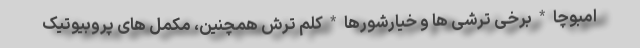
امبوچا * برخی ترشی ها و خیارشورها * کلم ترش همچنین، مکمل های پروبیوتیک